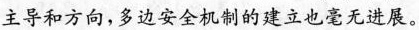
主导和方向，多边安全机制的建立也毫无进展。